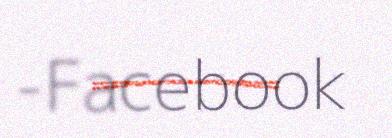
-Facebook